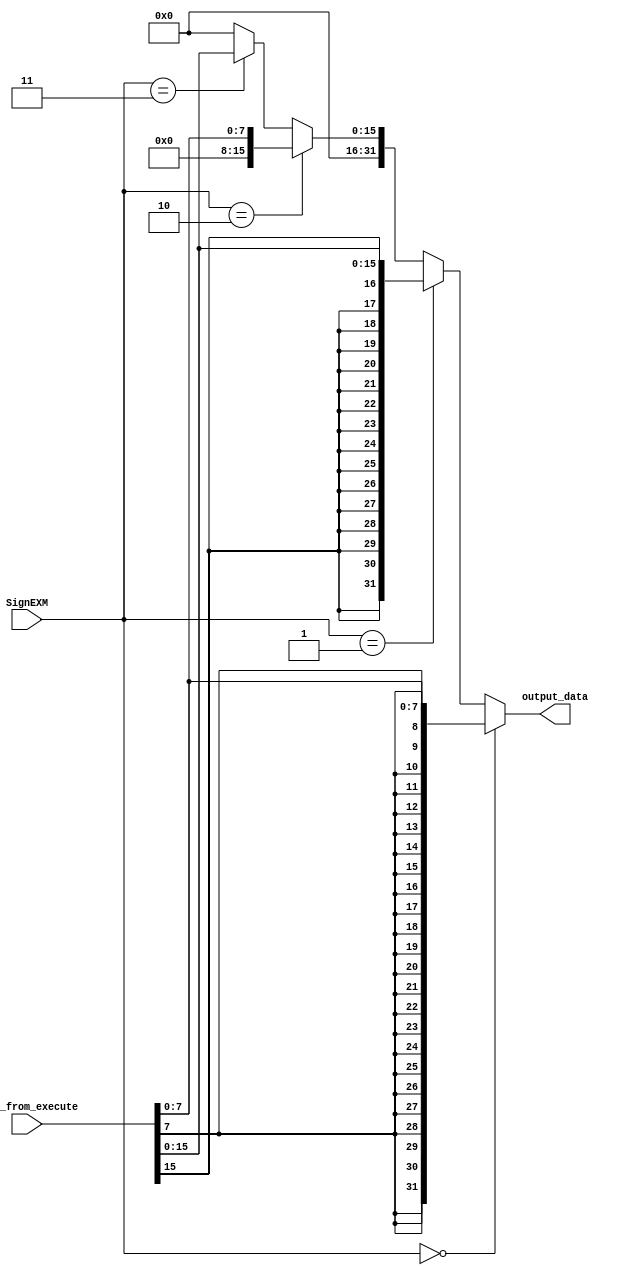
module sign_extendmemory(data_from_execute, SignEXM,output_data);
input [31:0]data_from_execute;
input [1:0]SignEXM;
output [31:0]output_data;

assign output_data = (SignEXM == 2'b00) ? {{24{data_from_execute[7]}}, data_from_execute[7:0]} :
                     (SignEXM == 2'b01) ? {{16{data_from_execute[15]}}, data_from_execute[15:0]} :
                     (SignEXM == 2'b10) ? {{24{1'b0}}, data_from_execute[7:0]} :
                     (SignEXM == 2'b11) ? {{16{1'b0}}, data_from_execute[15:0]}: 32'h00000000;
endmodule